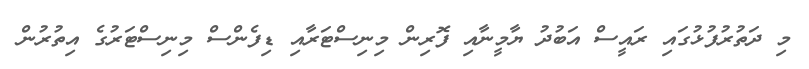
މި ދަތުރުފުޅުގައި ރައީސް އަބުދު ޔާމީނާއި ފޮރިން މިނިސްޓަރާއި ޑިފެންސް މިނިސްޓަރުގެ އިތުރުން